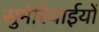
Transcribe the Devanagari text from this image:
सुमेरियाईयों